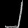
Digit: ၂